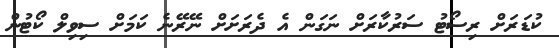
ކުޑަރަށް ރިސޯޓު ސަރުކާރަށް ނަގަން އެ ދެރަށަށް ނޭރޭނެ ކަމަށް ސިވިލް ކޯޓުން